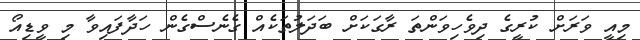
މިއީ ވަރަށް ކުރީގެ ދިވެހިވަންތަ ރާގަކަށް ބަދަލުތަކެއް ގެނެސްގެން ހަދާފައިވާ މި ވީޑިއޯ